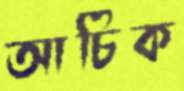
আচিক